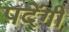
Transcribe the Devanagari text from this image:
पदेंगी